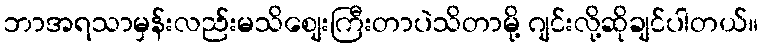
ဘာအရသာမှန်းလည်းမသိစျေးကြီးတာပဲသိတာမို့ ဂျင်းလို့ဆိုချင်ပါတယ်။